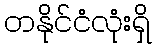
တနိုင်ငံလုံးရှိ